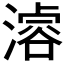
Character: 𣽊